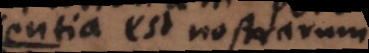
Conscientia est nostrarum